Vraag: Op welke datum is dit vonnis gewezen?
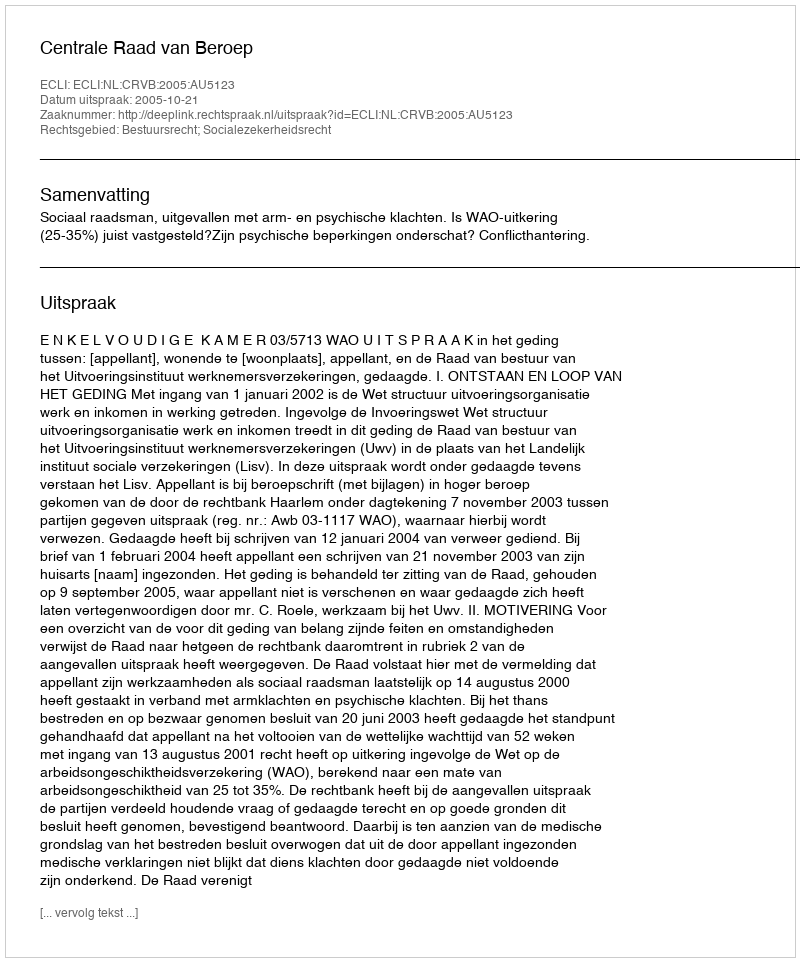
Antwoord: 2005-10-21